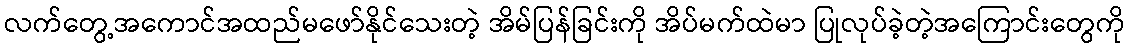
လက်တွေ့အကောင်အထည်မဖော်နိုင်သေးတဲ့ အိမ်ပြန်ခြင်းကို အိပ်မက်ထဲမာ ပြုလုပ်ခဲ့တဲ့အကြောင်းတွေကို